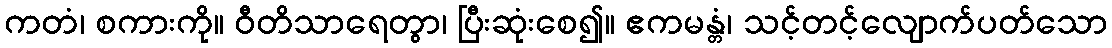
ကတံ၊ စကားကို။ ဝီတိသာရေတွာ၊ ပြီးဆုံးစေ၍။ ဧကမန္တံ၊ သင့်တင့်လျောက်ပတ်သော